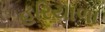
હરિયાળા